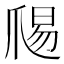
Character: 𭶱